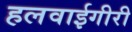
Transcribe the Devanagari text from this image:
हलवाईगीरी